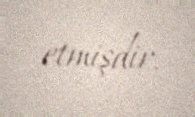
etmişdir.